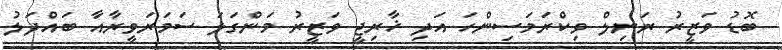
ބޮޑު ވަޒީރު ރަނިލް ވިކްރަމަސިންހަ އަދި ޚާރިޖީ ވަޒީރު މަންގަލަ ސަމަރަވީރާއާ ބައްދަލު